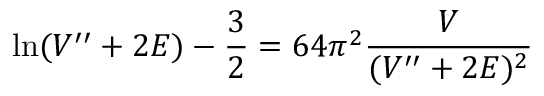
\ln ( V ^ { \prime \prime } + 2 { \cal E } ) - \frac { 3 } { 2 } = 6 4 \pi ^ { 2 } \frac { V } { ( V ^ { \prime \prime } + 2 { \cal E } ) ^ { 2 } }